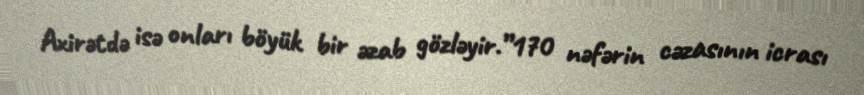
Axirətdə isə onları böyük bir əzab gözləyir.”170 nəfərin cəzasının icrası